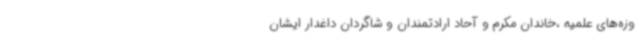
وزه‌های علمیه ،خاندان مکرم و آحاد ارادتمندان و شاگردان داغدار ایشان